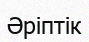
Әріптік